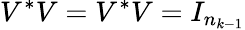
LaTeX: V^{*}V=V^{*}V=I_{n_{k-1}}